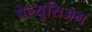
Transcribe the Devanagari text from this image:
पेल्युसिअम